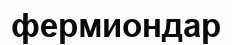
фермиондар